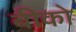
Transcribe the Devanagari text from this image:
बीको